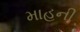
માહની